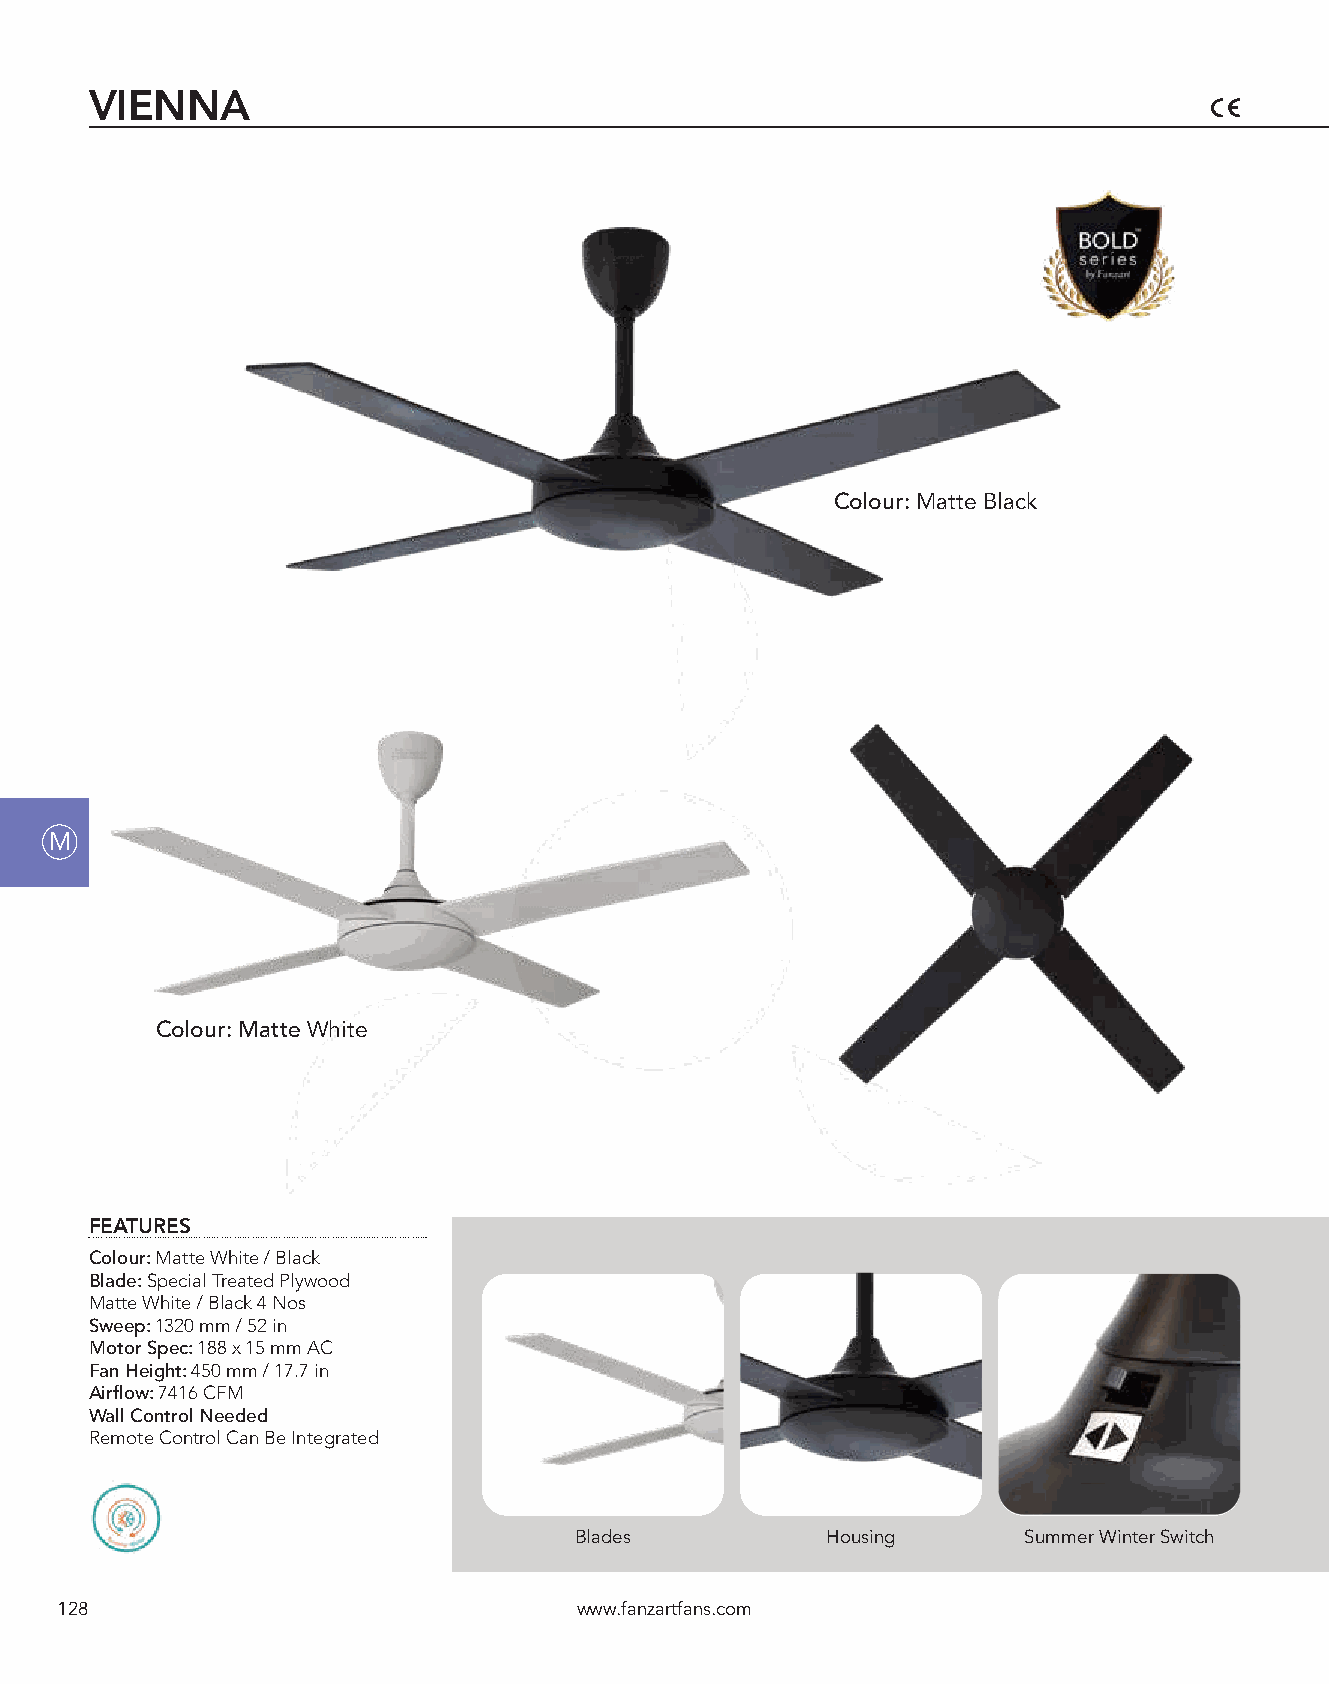
VIENNA
 Colour: Matte Black
 M
 Colour: Matte White
 FEATURES
 Colour: Matte White / Black
 Blade: Special Treated Plywood
 Matte White / Black 4 Nos
 Sweep: 1320 mm / 52 in
 Motor Spec: 188 x 15 mm AC
 Fan Height: 450 mm / 17.7 in
 Airflow: 7416 CFM
 Wall Control Needed
 Remote Control Can Be Integrated
 Blades           Housing      Summer Winter Switch
 128                               www.fanzartfans.com